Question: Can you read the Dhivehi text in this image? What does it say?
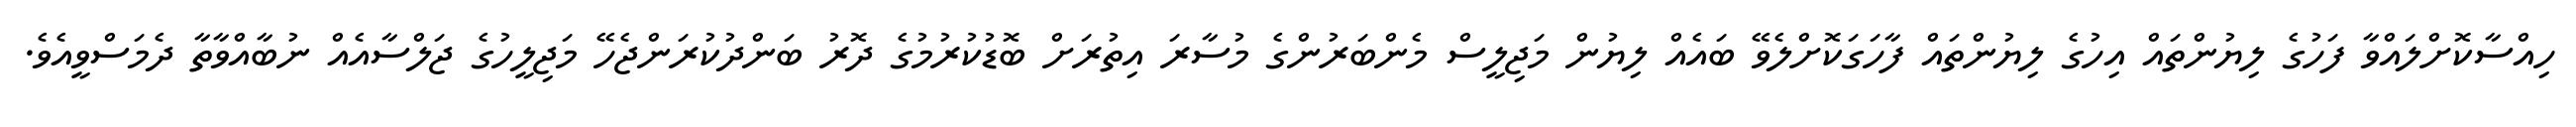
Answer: ހިއްސާކޮށްލައްވާ ފަހުގެ ލިޔުންތައް އިހުގެ ލިޔުންތައް ފާހަގަކޮށްލެވޭ ބައެއް ލިޔުން މަޖިލީސް މެންބަރުންގެ މުސާރަ އިތުރަށް ބޮޑުކުރުމުގެ ދޮރު ބަންދުކުރަންޖެހޭ މަޖިލީހުގެ ޖަލްސާއެއް ނުބާއްވާތާ ދެމަސްވީއެވެ.